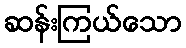
ဆန်းကြယ်သော